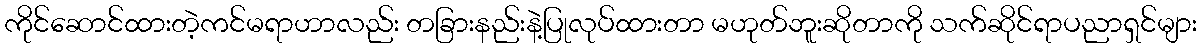
ကိုင်ဆောင်ထားတဲ့ကင်မရာဟာလည်း တခြားနည်းနဲ့ပြုလုပ်ထားတာ မဟုတ်ဘူးဆိုတာကို သက်ဆိုင်ရာပညာရှင်များ